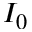
I _ { 0 }